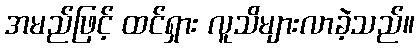
အမည်ဖြင့် ထင်ရှား လူသိများလာခဲ့သည်။